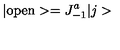
\vert \mathrm { o p e n } > = J _ { - 1 } ^ { a } \vert j >